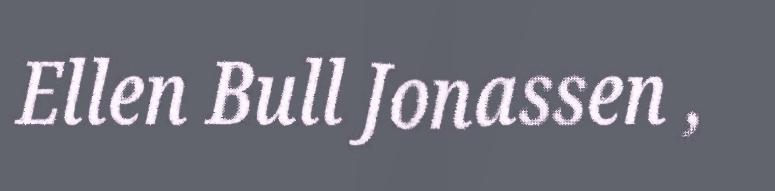
Ellen Bull Jonassen ,